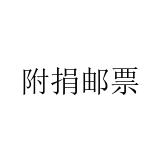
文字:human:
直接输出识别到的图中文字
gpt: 附捐邮票